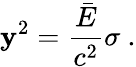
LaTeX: \mathbf{y}^{2}={\frac{{\bar{{E}}}}{{c^{2}}}}\sigma\ .